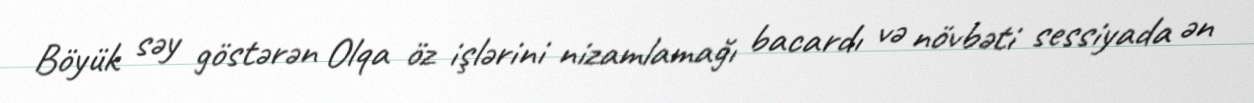
Böyük səy göstərən Olqa öz işlərini nizamlamağı bacardı və növbəti sessiyada ən